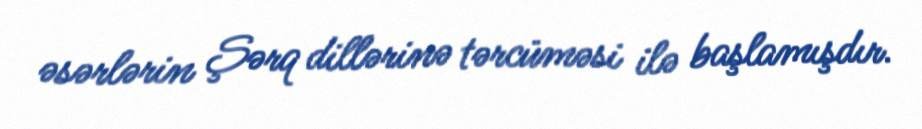
əsərlərin Şərq dillərinə tərcüməsi ilə başlamışdır.